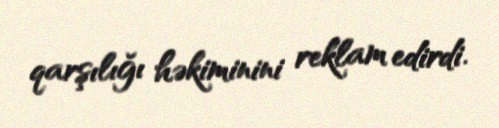
qarşılığı həkiminini reklam edirdi.